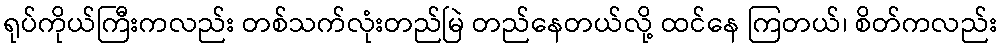
ရုပ်ကိုယ်ကြီးကလည်း တစ်သက်လုံးတည်မြဲ တည်နေတယ်လို့ ထင်နေ ကြတယ်၊ စိတ်ကလည်း